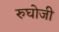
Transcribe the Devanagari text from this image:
रुघोजी